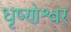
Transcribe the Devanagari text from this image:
धृष्णेश्वर